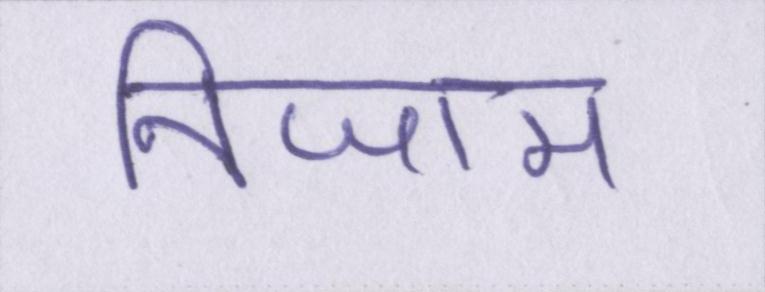
निजाम